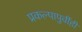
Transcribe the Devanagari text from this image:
प्रकल्पापुर्वीही